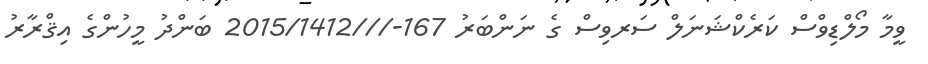
ވީމާ މޯލްޑިވްސް ކަރެކްޝަނަލް ސަރވިސް ގެ ނަންބަރު 167-///2015/1412 ބަންދު މީހުންގެ އިޤްރާރު